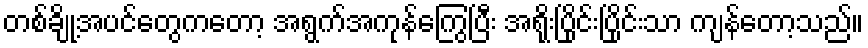
တစ်ချို့အပင်တွေကတော့ အရွက်အကုန်ကြွေပြီး အရိုးပြိုင်းပြိုင်းသာ ကျန်တော့သည်။